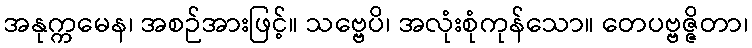
အနုက္ကမေန၊ အစဉ်အားဖြင့်။ သဗ္ဗေပိ၊ အလုံးစုံကုန်သော။ တေပဗ္ဗဇ္ဇိတာ၊